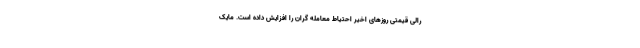
رالی قیمتی روزهای اخیر احتیاط معامله گران را افزایش داده است. مایک